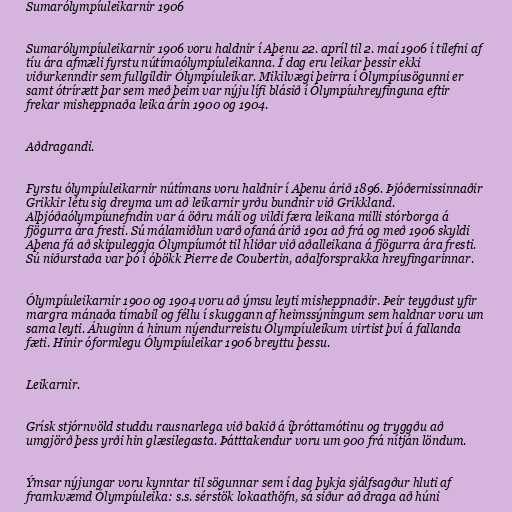
Sumarólympíuleikarnir 1906

Sumarólympíuleikarnir 1906 voru haldnir í Aþenu 22. apríl til 2. maí 1906 í tilefni af
tíu ára afmæli fyrstu nútímaólympíuleikanna. Í dag eru leikar þessir ekki
viðurkenndir sem fullgildir Ólympíuleikar. Mikilvægi þeirra í Ólympíusögunni er
samt ótrírætt þar sem með þeim var nýju lífi blásið í Ólympíuhreyfinguna eftir
frekar misheppnaða leika árin 1900 og 1904.

Aðdragandi.

Fyrstu ólympíuleikarnir nútímans voru haldnir í Aþenu árið 1896. Þjóðernissinnaðir
Grikkir létu sig dreyma um að leikarnir yrðu bundnir við Grikkland.
Alþjóðaólympíunefndin var á öðru máli og vildi færa leikana milli stórborga á
fjögurra ára fresti. Sú málamiðlun varð ofaná árið 1901 að frá og með 1906 skyldi
Aþena fá að skipuleggja Ólympíumót til hliðar við aðalleikana á fjögurra ára fresti.
Sú niðurstaða var þó í óþökk Pierre de Coubertin, aðalforsprakka hreyfingarinnar.

Ólympíuleikarnir 1900 og 1904 voru að ýmsu leyti misheppnaðir. Þeir teygðust yfir
margra mánaða tímabil og féllu í skuggann af heimssýningum sem haldnar voru um
sama leyti. Áhuginn á hinum nýendurreistu Ólympíuleikum virtist því á fallanda
fæti. Hinir óformlegu Ólympíuleikar 1906 breyttu þessu.

Leikarnir.

Grísk stjórnvöld studdu rausnarlega við bakið á íþróttamótinu og tryggðu að
umgjörð þess yrði hin glæsilegasta. Þátttakendur voru um 900 frá nítján löndum.

Ýmsar nýjungar voru kynntar til sögunnar sem í dag þykja sjálfsagður hluti af
framkvæmd Ólympíuleika: s.s. sérstök lokaathöfn, sá siður að draga að húni